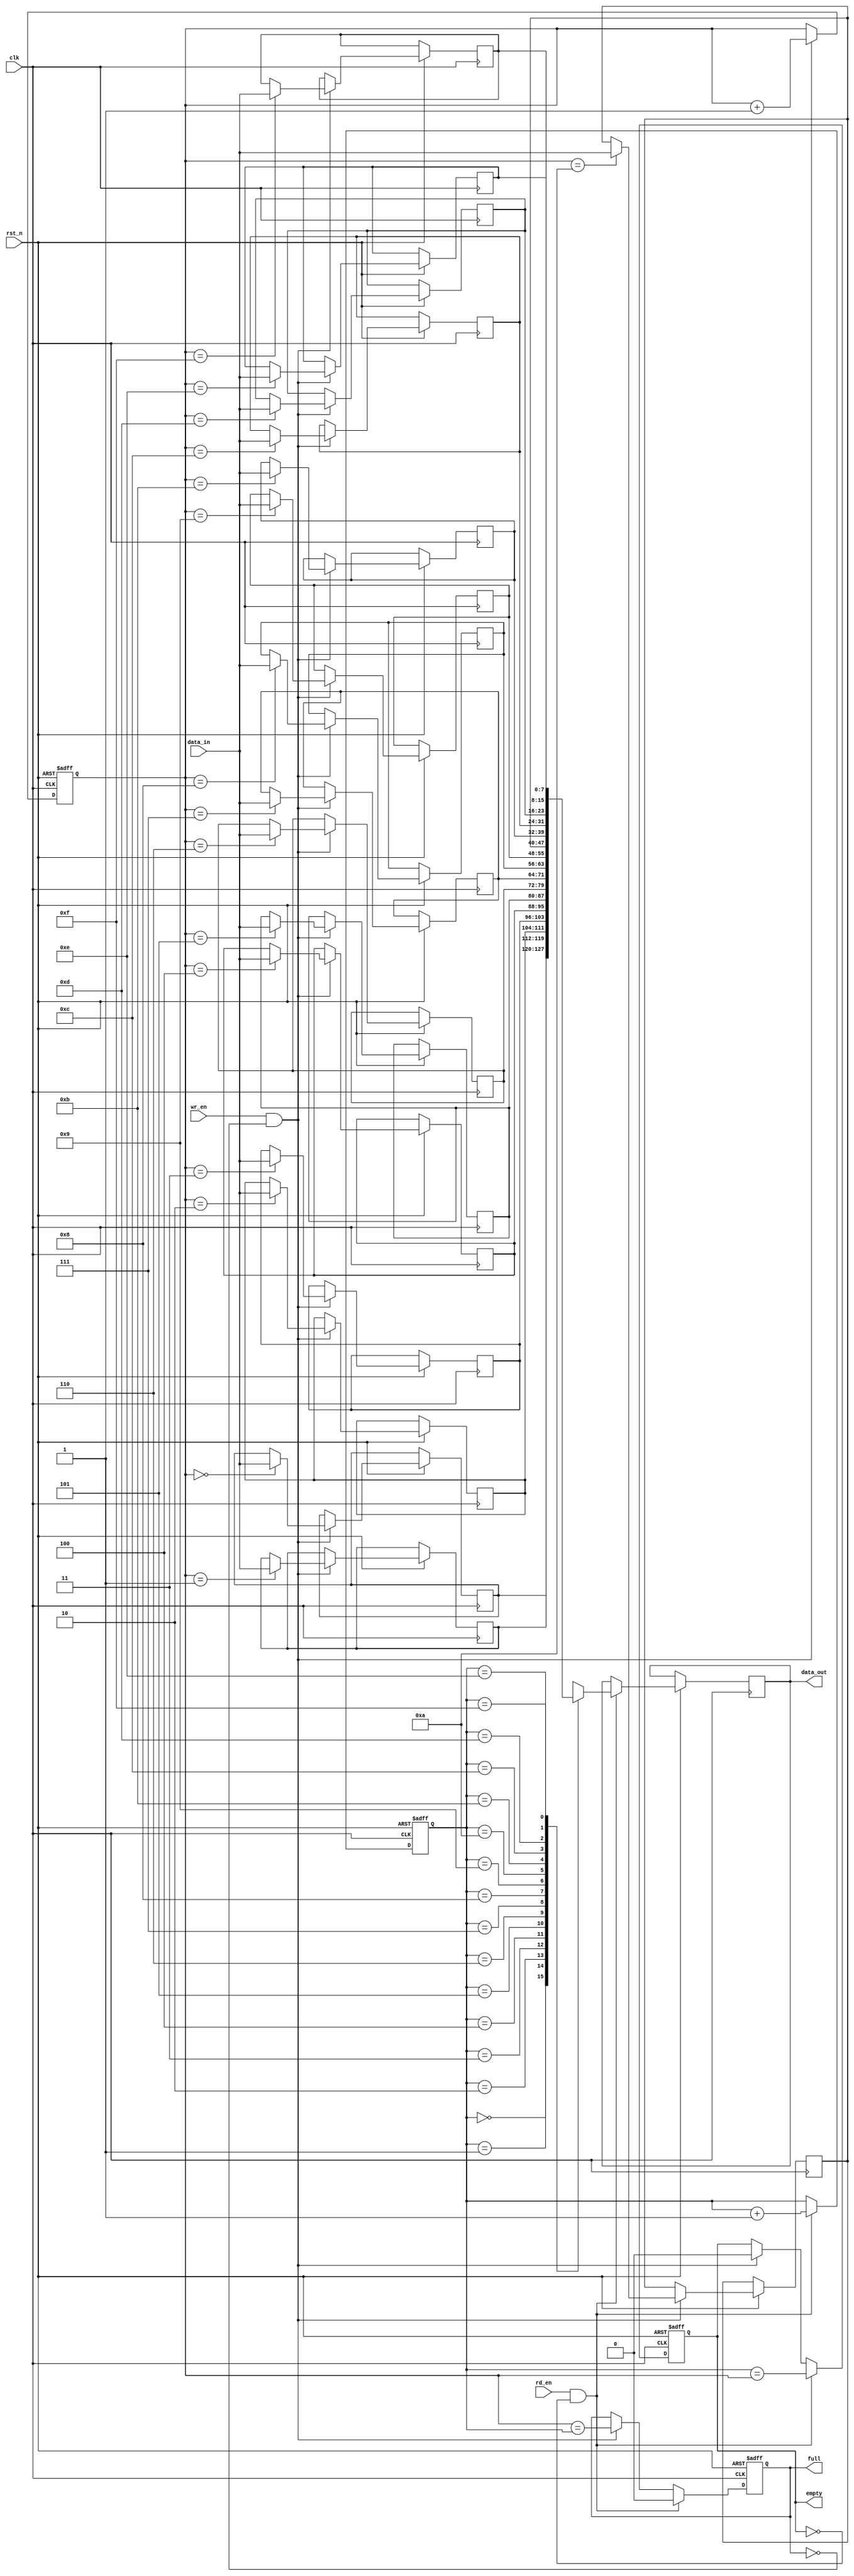
module fifo (
    input wire clk,
    input wire rst_n,
    input wire wr_en,
    input wire rd_en,
    input wire [7:0] data_in,
    output reg [7:0] data_out,
    output reg full,
    output reg empty
);
  
reg [7:0] memory [0:15];  // Memory block to store data items
reg [3:0] wr_ptr;  // Write pointer
reg [3:0] rd_ptr;  // Read pointer

always @(posedge clk or negedge rst_n) begin
    if (~rst_n) begin
        wr_ptr <= 4'b0000;
        rd_ptr <= 4'b0000;
        full <= 1'b0;
        empty <= 1'b1;
    end else begin
        if (wr_en && ~full) begin
            memory[wr_ptr] <= data_in;
            wr_ptr <= wr_ptr + 1;
            full <= (wr_ptr == rd_ptr);
            empty <= 1'b0;
        end
        
        if (rd_en && ~empty) begin
            data_out <= memory[rd_ptr];
            rd_ptr <= rd_ptr + 1;
            full <= 1'b0;
            empty <= (rd_ptr == wr_ptr);
        end
    end
end

endmodule